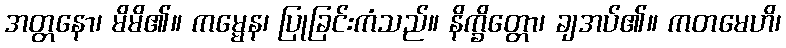
အတ္တနော၊ မိမိ၏။ ကမ္မေန၊ ပြုခြင်းကံသည်။ နိက္ခိတ္တော၊ ချအပ်၏။ ကတမေဟိ၊